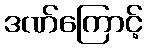
ဒဏ်ကြောင့်